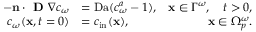
\begin{array} { r l r } { - \textbf n \cdot \textbf { D } \nabla c _ { \omega } } & { = \mathrm { D a } ( c _ { \omega } ^ { a } - 1 ) , } & { \textbf x \in \Gamma ^ { \omega } , \quad t > 0 , } \\ { c _ { \omega } ( \textbf x , t = 0 ) } & { = c _ { \tiny \mathrm { i n } } ( \textbf x ) , } & { \textbf x \in \Omega _ { p } ^ { \omega } . } \end{array}